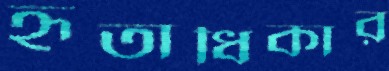
হৃতাধিকার